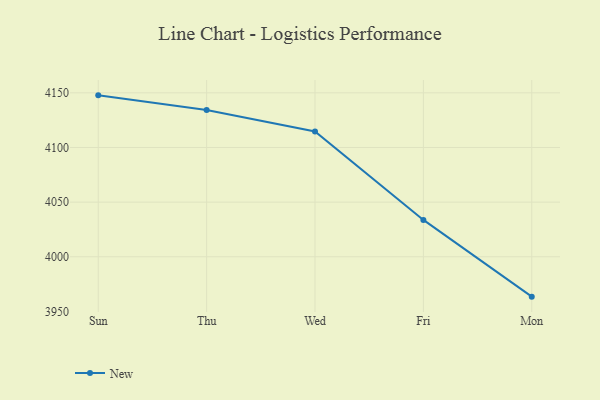
{"axis": {"x": "Day", "y": "Operating Costs (USD K)"}, "legend": ["New"], "data": [{"x": "Sun", "y": 4147.7, "type": "New"}, {"x": "Thu", "y": 4134.3, "type": "New"}, {"x": "Wed", "y": 4114.7, "type": "New"}, {"x": "Fri", "y": 4033.7, "type": "New"}, {"x": "Mon", "y": 3963.5, "type": "New"}]}